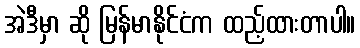
အဲဒီမှာ ဆို မြန်မာနိုင်ငံက ထည့်ထားတာပါ။